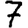
Digit: 7